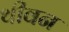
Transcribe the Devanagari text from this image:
थीवन